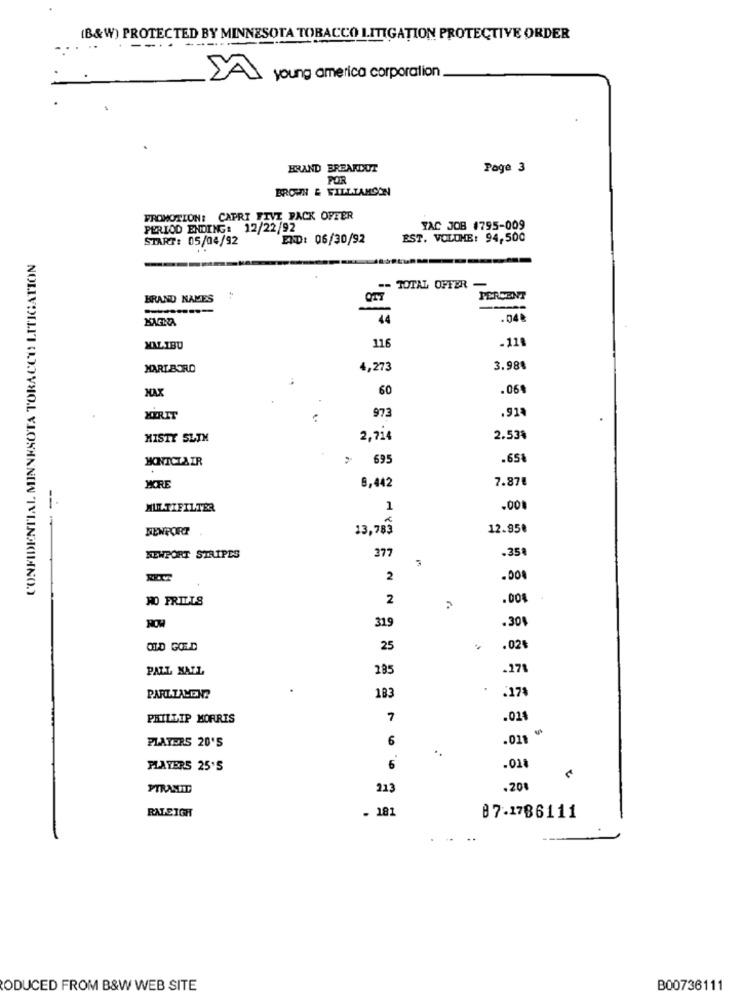
(B&W) PROTECTED BY MINNESOTA TOBACCO LITIGATION PROTECTIVE ORDER
..
young america corporation
.
HRAND BREAKDUT
Page 3
POR
BROWN & FILLTAMCON
PROMOTION: CAPRI FIVE PACK OFFER
PERIOD ENDING: 12/22/92
TAC JOB 1795-009
START: 05/04/92
END: 06/30/92
EST. VOLUME: 94,500
CONFIDENTIAL MINNESOTA TOBACCO LITIGATION
== TOTAL OFFER -
BRAND NAMES
PERCENT
------
44
.048
116
-11.
MALIBU
MART BORD
4,273
3.984
60
.06
MAX
973
.918
XIRIT
MISTY SLIM
2,914
2.53%
MINICLAIR
> 695
.65%
8,442
7.87€
MORE
MULTIFILTER
1
.00
BENPORT
13,783
12.95€
---
377
NEWPORT STRIPES
.35ª
2
NO FRILLS
2
.004
.30
ROW
319
OLD GOLD
25
.02
PALL MALL
185
PARLIAMON?
183
PHILLIP MORRIS
7
.024
.025 **
PLATERS 20'S
6
PLAYERS 25'S
6
.018
PIRASITE
213
.201
RALEIGH
. 181
87.1786111
ODUCED FROM B&W WEB SITE
B00736111